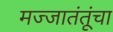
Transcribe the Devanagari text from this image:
मज्जातंतूंचा